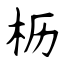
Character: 枥